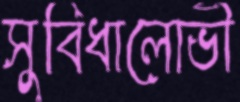
সুবিধালোভী